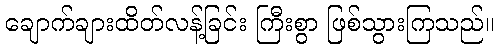
ချောက်ချားထိတ်လန့်ခြင်း ကြီးစွာ ဖြစ်သွားကြသည်။